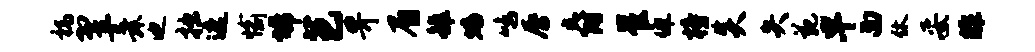
祸翌舜迪拙遮愉埽芭畀眉雒蟠鸣唇爵崔佩榜炎失苑早面休妥非